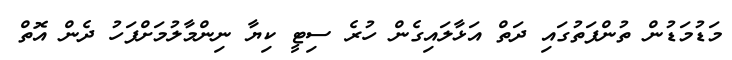
މަޑުމަޑުން ތުންފަތުގައި ދަތް އަޅާލައިގެން ހުރެ ސިޓީ ކިޔާ ނިންމާލުމަށްފަހު ދެން އޮތް